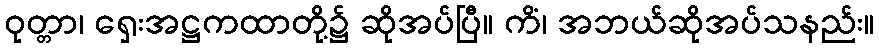
ဝုတ္တာ၊ ရှေးအဋ္ဌကထာတို့၌ ဆိုအပ်ပြီ။ ကိံ၊ အဘယ်ဆိုအပ်သနည်း။